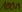
Text: 100n